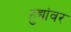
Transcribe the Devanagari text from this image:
हुद्यांवर